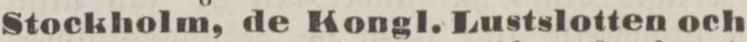
Stockholm, de Kongl. Lustslotten och